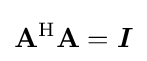
\mathbf {A} ^{\mathrm {H} }\mathbf {A} ={\boldsymbol {I}}